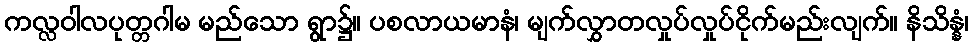
ကလ္လဝါလပုတ္တဂါမ မည်သော ရွာ၌။ ပစလာယမာနံ၊ မျက်လွှာတလှုပ်လှုပ်ငိုက်မည်းလျက်။ နိသိန္နံ၊